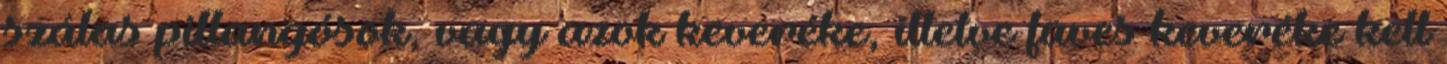
szálas pillangósok, vagy azok keveréke, illetve füves keveréke kell